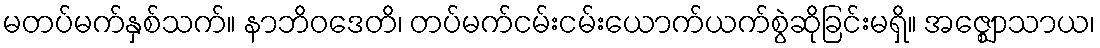
မတပ်မက်နှစ်သက်။ နာဘိဝဒေတိ၊ တပ်မက်ငမ်းငမ်းယောက်ယက်စွဲဆိုခြင်းမရှိ။ အဇ္ဈောသာယ၊